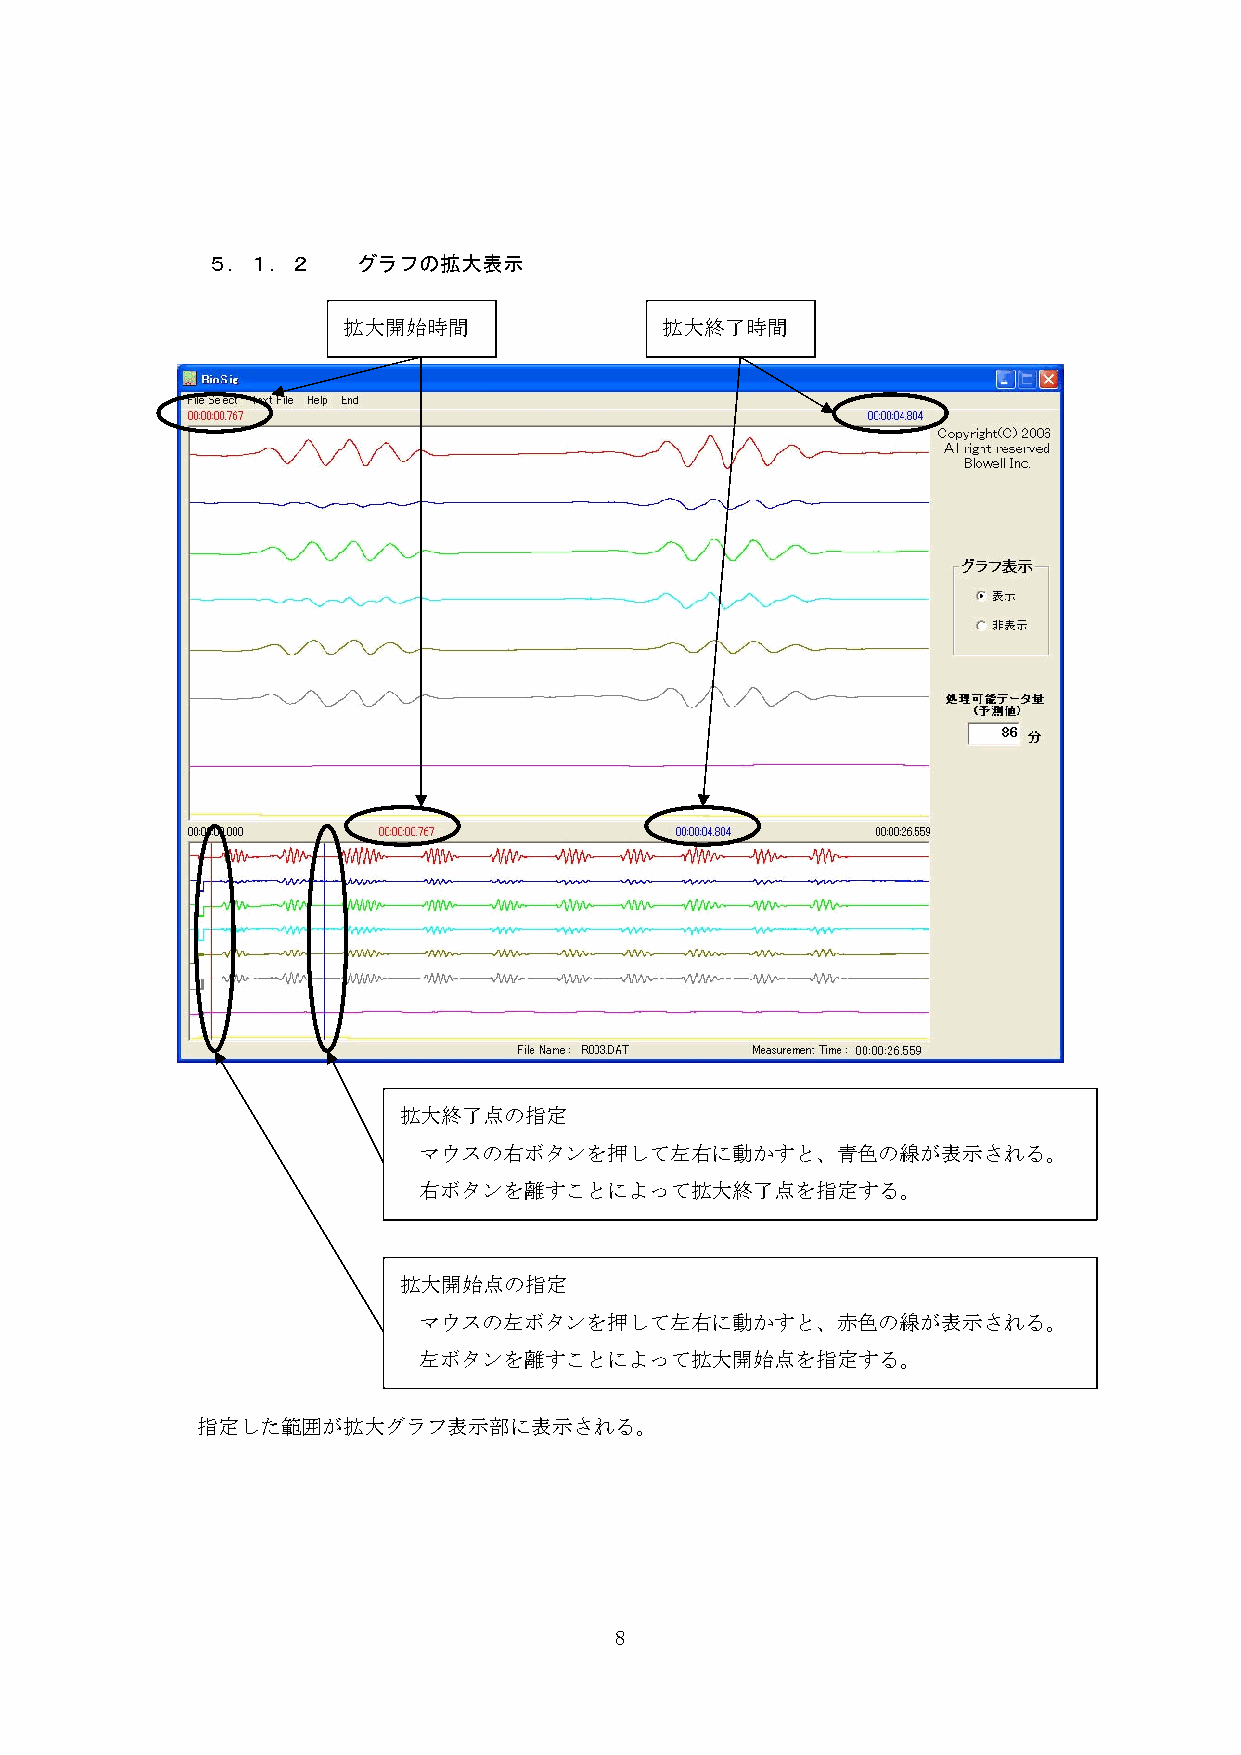
５．１．２     グラフの拡大表示
 拡大開始時間               拡大終了時間
 拡大終了点の指定
 マウスの右ボタンを押して左右に動かすと、青色の線が表示される。
 右ボタンを離すことによって拡大終了点を指定する。
 拡大開始点の指定
 マウスの左ボタンを押して左右に動かすと、赤色の線が表示される。
 左ボタンを離すことによって拡大開始点を指定する。
 指定した範囲が拡大グラフ表示部に表示される。
 8